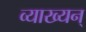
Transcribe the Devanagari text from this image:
व्याख्यन्